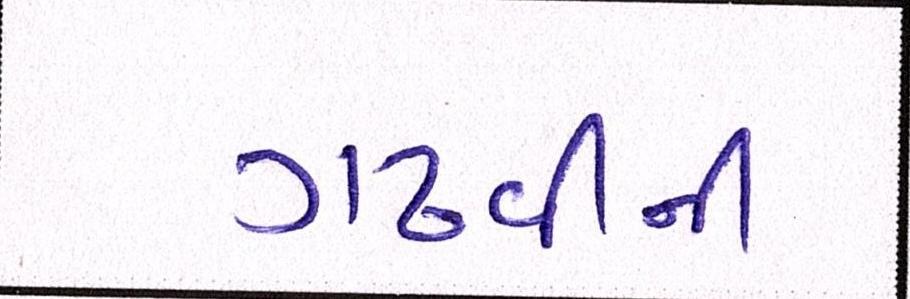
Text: ગઢવીની